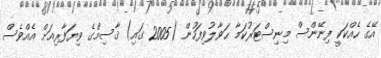
އޭގެ ހެއްކަކީ ފިނޭންސް މިނިސްޓަރުކަމާ ޙަވާލުވިފަހުން (2005 ގައި) ޤާސިމްގެ ވިޔަފާރިއަށް އެއްވެސް